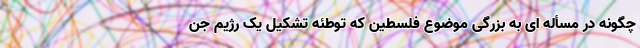
چگونه در مسأله ای به بزرگی موضوع فلسطین که توطئه تشکیل یک رژیم جن